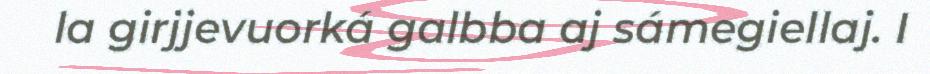
la girjjevuorká galbba aj sámegiellaj. I